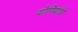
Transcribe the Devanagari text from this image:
योगियांचे